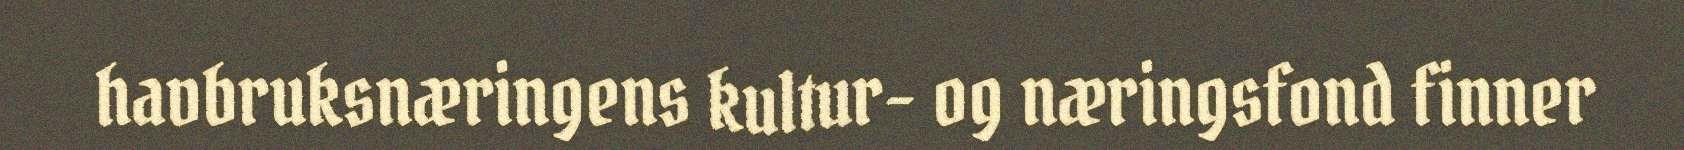
havbruksnæringens kultur- og næringsfond finner